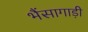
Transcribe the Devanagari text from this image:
भैंसागाड़ी